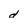
Character: d